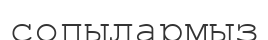
сопылармыз